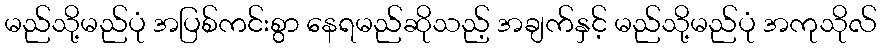
မည်သို့မည်ပုံ အပြစ်ကင်းစွာ နေရမည်ဆိုသည့် အချက်နှင့် မည်သို့မည်ပုံ အကုသိုလ်